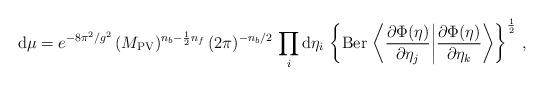
LaTeX: \begin{align*}{\rm d} \mu= e^{-8\pi^2/g^2}\,(M_{\rm PV})^{n_b-\frac{1}{2}n_f}\,(2\pi)^{-n_b/2}\,\prod_i{\rm d}\eta_i \, \left\{ \mbox{Ber}\, \left\langle\frac{\partial\Phi(\eta)}{\partial \eta_j}\bigg|\frac{\partial\Phi(\eta)}{\partial \eta_k}\right\rangle\right\}^{\frac{1}{2}}\,,\end{align*}